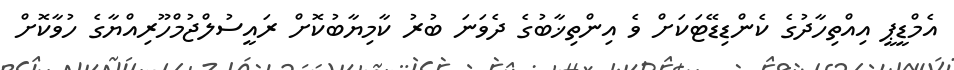
އެމްޑީޕީ އިއްތިހާދުގެ ކެންޑިޑޭޓަކަށް ވެ އިންތިޚާބުގެ ދެވަނަ ބުރު ކާމިޔާބުކޮށް ރައީސުލްޖުމްހޫރިއްޔާގެ ހުވާކޮށް